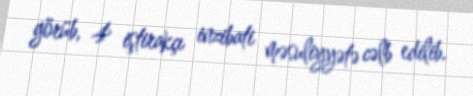
görüb, 4 iştirakçı inzibati məsuliyyətə cəlb edilib.